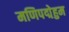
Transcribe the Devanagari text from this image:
मणिपद्मेहुम